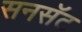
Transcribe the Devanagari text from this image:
सनसॅट